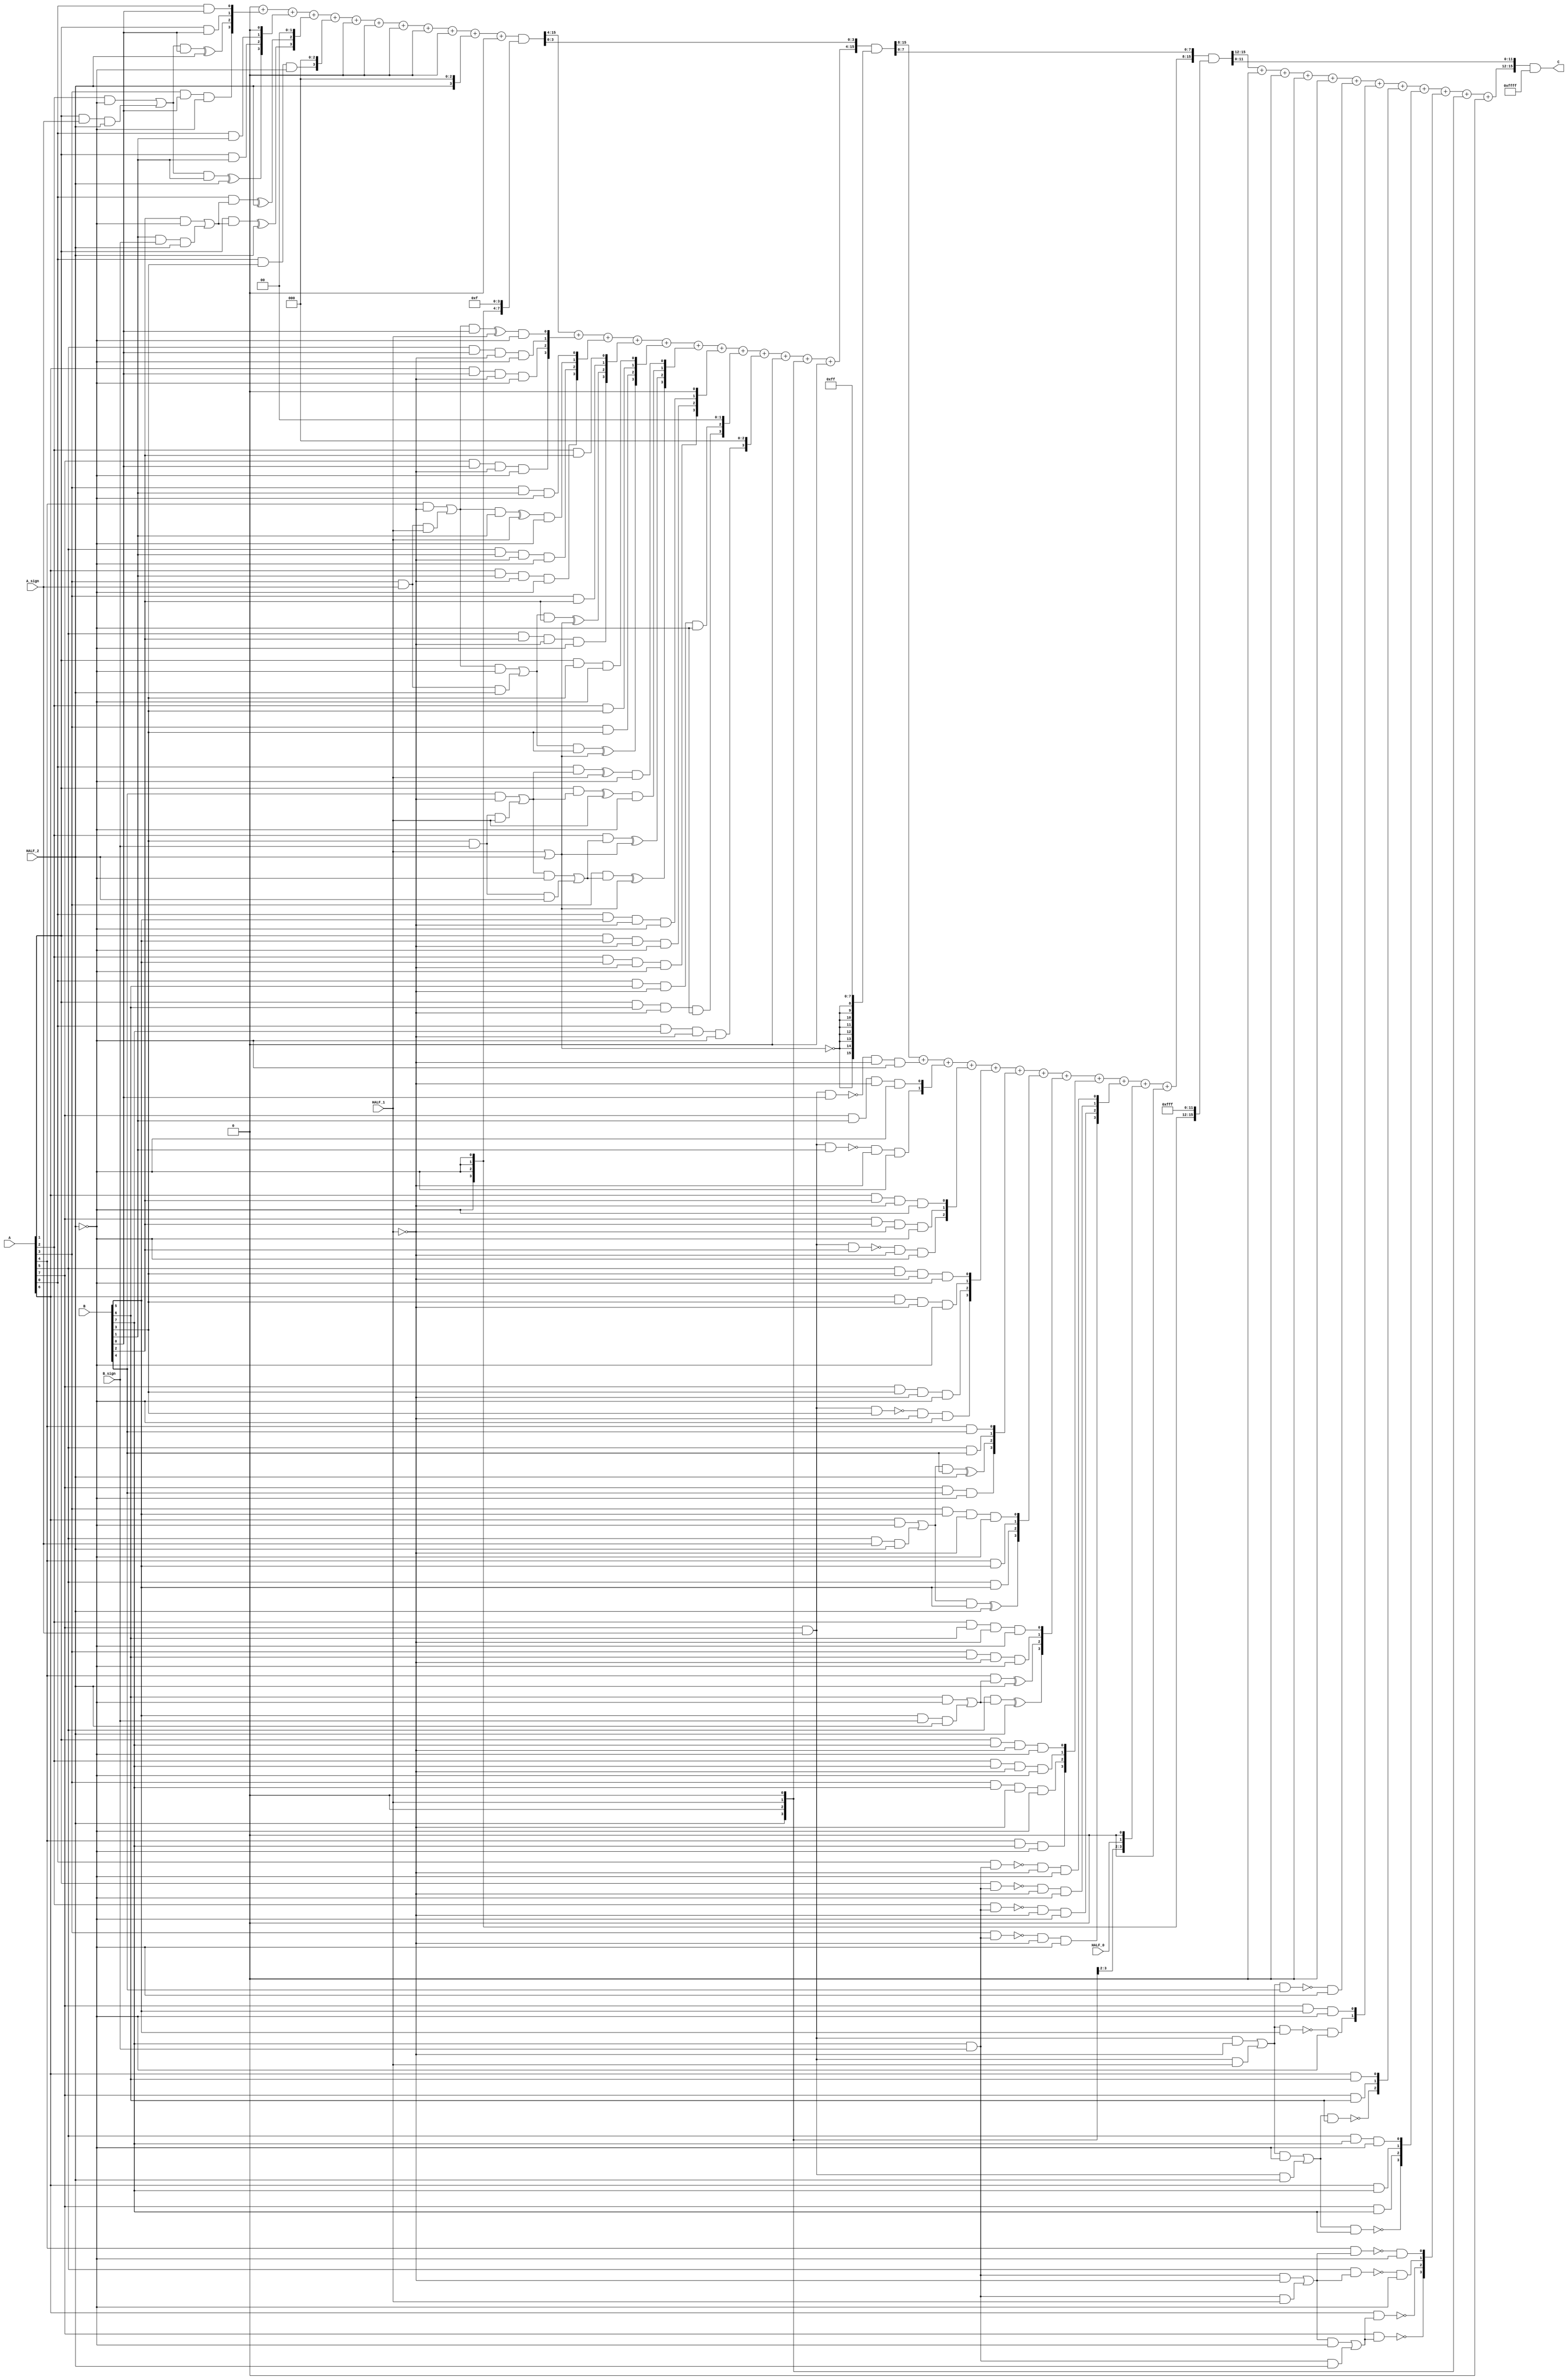
module multiplier_S_C2x2_F2_8bits_8bits_HighLevelDescribed_auto(
		input [A_chop_size-1:0] A,
		input [B_chop_size-1:0] B,

		input A_sign,
		input B_sign,

		input HALF_0,	// a selector bit to switch computation to half mode level 0
		input HALF_1,	// a selector bit to switch computation to half mode level 1
		input HALF_2,	// a selector bit to switch computation to half mode level 2

		output [A_chop_size+B_chop_size-1:0] C
	);

parameter A_chop_size = 8;
parameter B_chop_size = 8;

// to support both signed and unsigned multiplication
// sign extension regarding extra sign identifier
wire A_extended_level0_0;
wire B_extended_level0_0;
assign A_extended_level0_0 = (A[7])&(A_sign);
assign B_extended_level0_0 = (B[7])&(B_sign);

wire A_extended_level1_0;
wire B_extended_level1_0;
assign A_extended_level1_0 = (A[7])&(A_sign);
assign B_extended_level1_0 = (B[7])&(B_sign);
wire A_extended_level1_1;
wire B_extended_level1_1;
assign A_extended_level1_1 = (A[3])&(A_sign);
assign B_extended_level1_1 = (B[3])&(B_sign);

wire A_extended_level2_0;
wire B_extended_level2_0;
assign A_extended_level2_0 = (A[7])&(A_sign);
assign B_extended_level2_0 = (B[7])&(B_sign);
wire A_extended_level2_1;
wire B_extended_level2_1;
assign A_extended_level2_1 = (A[5])&(A_sign);
assign B_extended_level2_1 = (B[5])&(B_sign);
wire A_extended_level2_2;
wire B_extended_level2_2;
assign A_extended_level2_2 = (A[3])&(A_sign);
assign B_extended_level2_2 = (B[3])&(B_sign);
wire A_extended_level2_3;
wire B_extended_level2_3;
assign A_extended_level2_3 = (A[1])&(A_sign);
assign B_extended_level2_3 = (B[1])&(B_sign);


reg [A_chop_size:0] PP [B_chop_size:0];
always @(*) begin
	PP[0][0] = (A[0])&(B[0]);
	PP[0][1] = (A[1])&(B[0]);
	PP[0][2] = ((((A[2])&(~(HALF_2)))|((A_extended_level2_3)&(HALF_2)))&(B[0]))^(HALF_2);
	PP[0][3] = ((A[3])&(B[0]))&(~(HALF_2));
	PP[0][4] = (((((A[4])&(~(HALF_1)))|((A_extended_level1_1)&(HALF_1)))&(B[0]))^(HALF_1))&(~(HALF_2));
	PP[0][5] = (((A[5])&(B[0]))&(~(HALF_1)))&(~(HALF_2));
	PP[0][6] = (((A[6])&(B[0]))&(~(HALF_1)))&(~(HALF_2));
	PP[0][7] = (((A[7])&(B[0]))&(~(HALF_1)))&(~(HALF_2));
	PP[0][8] = ((~((A_extended_level0_0)&(B[0])))&(~(HALF_1)))&(~(HALF_2));
	PP[1][0] = (A[0])&(B[1]);
	PP[1][1] = (A[1])&(B[1]);
	PP[1][2] = ((((A[2])&(~(HALF_2)))|((A_extended_level2_3)&(HALF_2)))&(B[1]))^(HALF_2);
	PP[1][3] = ((A[3])&(B[1]))&(~(HALF_2));
	PP[1][4] = (((((A[4])&(~(HALF_1)))|((A_extended_level1_1)&(HALF_1)))&(B[1]))^(HALF_1))&(~(HALF_2));
	PP[1][5] = (((A[5])&(B[1]))&(~(HALF_1)))&(~(HALF_2));
	PP[1][6] = (((A[6])&(B[1]))&(~(HALF_1)))&(~(HALF_2));
	PP[1][7] = (((A[7])&(B[1]))&(~(HALF_1)))&(~(HALF_2));
	PP[1][8] = ((~((A_extended_level0_0)&(B[1])))&(~(HALF_1)))&(~(HALF_2));
	PP[2][0] = ((A[0])&(((B[2])&(~(HALF_2)))|((B_extended_level2_3)&(HALF_2))))^(HALF_2);
	PP[2][1] = ((A[1])&(((B[2])&(~(HALF_2)))|((B_extended_level2_3)&(HALF_2))))^(HALF_2);
	PP[2][2] = (A[2])&(B[2]);
	PP[2][3] = (A[3])&(B[2]);
	PP[2][4] = ((((((A[4])&(~(HALF_1)))|((A_extended_level1_1)&(HALF_1)))&(~(HALF_2)))|((A_extended_level2_2)&(HALF_2)))&(B[2]))^((HALF_1)|(HALF_2));
	PP[2][5] = (((A[5])&(B[2]))&(~(HALF_1)))&(~(HALF_2));
	PP[2][6] = (((A[6])&(B[2]))&(~(HALF_1)))&(~(HALF_2));
	PP[2][7] = (((A[7])&(B[2]))&(~(HALF_1)))&(~(HALF_2));
	PP[2][8] = ((~((A_extended_level0_0)&(B[2])))&(~(HALF_1)))&(~(HALF_2));
	PP[3][0] = ((A[0])&(B[3]))&(~(HALF_2));
	PP[3][1] = ((A[1])&(B[3]))&(~(HALF_2));
	PP[3][2] = (A[2])&(B[3]);
	PP[3][3] = (A[3])&(B[3]);
	PP[3][4] = ((((((A[4])&(~(HALF_1)))|((A_extended_level1_1)&(HALF_1)))&(~(HALF_2)))|((A_extended_level2_2)&(HALF_2)))&(B[3]))^((HALF_1)|(HALF_2));
	PP[3][5] = (((A[5])&(B[3]))&(~(HALF_1)))&(~(HALF_2));
	PP[3][6] = (((A[6])&(B[3]))&(~(HALF_1)))&(~(HALF_2));
	PP[3][7] = (((A[7])&(B[3]))&(~(HALF_1)))&(~(HALF_2));
	PP[3][8] = ((~((A_extended_level0_0)&(B[3])))&(~(HALF_1)))&(~(HALF_2));
	PP[4][0] = (((A[0])&(((B[4])&(~(HALF_1)))|((B_extended_level1_1)&(HALF_1))))^(HALF_1))&(~(HALF_2));
	PP[4][1] = (((A[1])&(((B[4])&(~(HALF_1)))|((B_extended_level1_1)&(HALF_1))))^(HALF_1))&(~(HALF_2));
	PP[4][2] = ((A[2])&(((((B[4])&(~(HALF_1)))|((B_extended_level1_1)&(HALF_1)))&(~(HALF_2)))|((B_extended_level2_2)&(HALF_2))))^((HALF_1)|(HALF_2));
	PP[4][3] = ((A[3])&(((((B[4])&(~(HALF_1)))|((B_extended_level1_1)&(HALF_1)))&(~(HALF_2)))|((B_extended_level2_2)&(HALF_2))))^((HALF_1)|(HALF_2));
	PP[4][4] = (A[4])&(B[4]);
	PP[4][5] = (A[5])&(B[4]);
	PP[4][6] = ((((A[6])&(~(HALF_2)))|((A_extended_level2_1)&(HALF_2)))&(B[4]))^(HALF_2);
	PP[4][7] = ((A[7])&(B[4]))&(~(HALF_2));
	PP[4][8] = (~((((A_extended_level0_0)&(~(HALF_1)))|((A_extended_level1_0)&(HALF_1)))&(B[4])))&(~(HALF_2));
	PP[5][0] = (((A[0])&(B[5]))&(~(HALF_1)))&(~(HALF_2));
	PP[5][1] = (((A[1])&(B[5]))&(~(HALF_1)))&(~(HALF_2));
	PP[5][2] = (((A[2])&(B[5]))&(~(HALF_1)))&(~(HALF_2));
	PP[5][3] = (((A[3])&(B[5]))&(~(HALF_1)))&(~(HALF_2));
	PP[5][4] = (A[4])&(B[5]);
	PP[5][5] = (A[5])&(B[5]);
	PP[5][6] = ((((A[6])&(~(HALF_2)))|((A_extended_level2_1)&(HALF_2)))&(B[5]))^(HALF_2);
	PP[5][7] = ((A[7])&(B[5]))&(~(HALF_2));
	PP[5][8] = (~((((A_extended_level0_0)&(~(HALF_1)))|((A_extended_level1_0)&(HALF_1)))&(B[5])))&(~(HALF_2));
	PP[6][0] = (((A[0])&(B[6]))&(~(HALF_1)))&(~(HALF_2));
	PP[6][1] = (((A[1])&(B[6]))&(~(HALF_1)))&(~(HALF_2));
	PP[6][2] = (((A[2])&(B[6]))&(~(HALF_1)))&(~(HALF_2));
	PP[6][3] = (((A[3])&(B[6]))&(~(HALF_1)))&(~(HALF_2));
	PP[6][4] = ((A[4])&(((B[6])&(~(HALF_2)))|((B_extended_level2_1)&(HALF_2))))^(HALF_2);
	PP[6][5] = ((A[5])&(((B[6])&(~(HALF_2)))|((B_extended_level2_1)&(HALF_2))))^(HALF_2);
	PP[6][6] = (A[6])&(B[6]);
	PP[6][7] = (A[7])&(B[6]);
	PP[6][8] = ~((((((A_extended_level0_0)&(~(HALF_1)))|((A_extended_level1_0)&(HALF_1)))&(~(HALF_2)))|((A_extended_level2_0)&(HALF_2)))&(B[6]));
	PP[7][0] = (((A[0])&(B[7]))&(~(HALF_1)))&(~(HALF_2));
	PP[7][1] = (((A[1])&(B[7]))&(~(HALF_1)))&(~(HALF_2));
	PP[7][2] = (((A[2])&(B[7]))&(~(HALF_1)))&(~(HALF_2));
	PP[7][3] = (((A[3])&(B[7]))&(~(HALF_1)))&(~(HALF_2));
	PP[7][4] = ((A[4])&(B[7]))&(~(HALF_2));
	PP[7][5] = ((A[5])&(B[7]))&(~(HALF_2));
	PP[7][6] = (A[6])&(B[7]);
	PP[7][7] = (A[7])&(B[7]);
	PP[7][8] = ~((((((A_extended_level0_0)&(~(HALF_1)))|((A_extended_level1_0)&(HALF_1)))&(~(HALF_2)))|((A_extended_level2_0)&(HALF_2)))&(B[7]));
	PP[8][0] = ((~((A[0])&(B_extended_level0_0)))&(~(HALF_1)))&(~(HALF_2));
	PP[8][1] = ((~((A[1])&(B_extended_level0_0)))&(~(HALF_1)))&(~(HALF_2));
	PP[8][2] = ((~((A[2])&(B_extended_level0_0)))&(~(HALF_1)))&(~(HALF_2));
	PP[8][3] = ((~((A[3])&(B_extended_level0_0)))&(~(HALF_1)))&(~(HALF_2));
	PP[8][4] = (~((A[4])&(((B_extended_level0_0)&(~(HALF_1)))|((B_extended_level1_0)&(HALF_1)))))&(~(HALF_2));
	PP[8][5] = (~((A[5])&(((B_extended_level0_0)&(~(HALF_1)))|((B_extended_level1_0)&(HALF_1)))))&(~(HALF_2));
	PP[8][6] = ~((A[6])&(((((B_extended_level0_0)&(~(HALF_1)))|((B_extended_level1_0)&(HALF_1)))&(~(HALF_2)))|((B_extended_level2_0)&(HALF_2))));
	PP[8][7] = ~((A[7])&(((((B_extended_level0_0)&(~(HALF_1)))|((B_extended_level1_0)&(HALF_1)))&(~(HALF_2)))|((B_extended_level2_0)&(HALF_2))));
	PP[8][8] = (A_extended_level0_0)&(B_extended_level0_0);
end

// sum of PPs
integer j;
integer i_0;
integer i_1;
integer i_2;
integer i_3;

wire [16:0] Baugh_Wooley_0;
assign Baugh_Wooley_0 = {{1'b0},{(HALF_2)|(1'b0)},{1'b0},{(HALF_1)|(1'b0)},{1'b0},{(HALF_2)|(1'b0)},{1'b0},{(HALF_0)|(1'b0)},{1'b0},{(HALF_2)|(1'b0)},{1'b0},{(HALF_1)|(1'b0)},{1'b0},{(HALF_2)|(1'b0)},{1'b0},{1'b0},{1'b0}};
wire [16:0] Baugh_Wooley_1;
assign Baugh_Wooley_1 = {{1'b0},{1'b0},{1'b0},{1'b0},{1'b0},{1'b0},{1'b0},{1'b0},{1'b0},{1'b0},{1'b0},{1'b0},{1'b0},{1'b0},{1'b0},{1'b0},{1'b0}};

reg [16:0] PP_temp [8:0];
always @(*) begin
	for (j = 0; j < (B_chop_size +1); j = j + 1 ) begin
		PP_temp[j] = 17'b0 ;
	end
	for (j = 0; j < (B_chop_size +1); j = j + 1 ) begin
		PP_temp[j] = (PP[j] << j);
	end
end

reg [15:0] C_temp;
always @(*) begin

	C_temp = 16'b0;

	for (i_0 = 0; i_0 < (B_chop_size +1); i_0 = i_0 + 1 ) begin
		C_temp[15:0] = C_temp[15:0] + (PP_temp[i_0][3:0]);
	end
	C_temp[15:0] = C_temp[15:0] + Baugh_Wooley_0[3:0];
	C_temp[15:0] = C_temp[15:0] + Baugh_Wooley_1[3:0];
	C_temp = C_temp & {{12{~(HALF_2)}},{4{1'b1}}};

	for (i_1 = 0; i_1 < (B_chop_size +1); i_1 = i_1 + 1 ) begin
		C_temp[15:4] = C_temp[15:4] + (PP_temp[i_1][7:4]);
	end
	C_temp[15:4] = C_temp[15:4] + Baugh_Wooley_0[7:4];
	C_temp[15:4] = C_temp[15:4] + Baugh_Wooley_1[7:4];
	C_temp = C_temp & {{8{~((HALF_1)|(HALF_2))}},{8{1'b1}}};

	for (i_2 = 0; i_2 < (B_chop_size +1); i_2 = i_2 + 1 ) begin
		C_temp[15:8] = C_temp[15:8] + (PP_temp[i_2][11:8]);
	end
	C_temp[15:8] = C_temp[15:8] + Baugh_Wooley_0[11:8];
	C_temp[15:8] = C_temp[15:8] + Baugh_Wooley_1[11:8];
	C_temp = C_temp & {{4{~(HALF_2)}},{12{1'b1}}};

	for (i_3 = 0; i_3 < (B_chop_size +1); i_3 = i_3 + 1 ) begin
		C_temp[15:12] = C_temp[15:12] + (PP_temp[i_3][15:12]);
	end
	C_temp[15:12] = C_temp[15:12] + Baugh_Wooley_0[15:12];
	C_temp[15:12] = C_temp[15:12] + Baugh_Wooley_1[15:12];
	C_temp = C_temp & {{0{~(((HALF_0)|(HALF_1))|(HALF_2))}},{16{1'b1}}};

end

assign C = C_temp[15:0];

endmodule